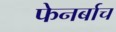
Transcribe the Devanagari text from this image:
फेनर्बाच